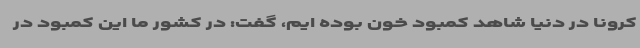
کرونا در دنیا شاهد کمبود خون بوده ایم، گفت: در کشور ما این کمبود در